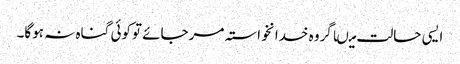
ایسی حالت میںاگروہ خدانخواستہ مرجائے توکوئی گناہ نہ ہوگا۔